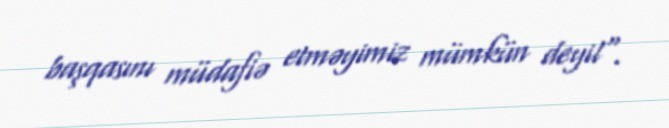
başqasını müdafiə etməyimiz mümkün deyil".